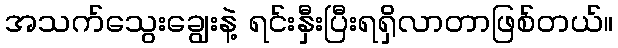
အသက်သွေးချွေးနဲ့ ရင်းနှီးပြီးရရှိလာတာဖြစ်တယ်။